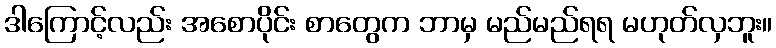
ဒါကြောင့်လည်း အစောပိုင်း စာတွေက ဘာမှ မည်မည်ရရ မဟုတ်လှဘူး။